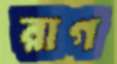
রাগ